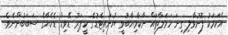
އެކަމަކު ފޮނުވާލި ގިނަ ހަމަލާތައް ނާކާމިޔާބުވީ ޔުނައިޓެޑުގެ ކީޕަރު ޑޭވިޑް ޑެހެޔާގެ ސަބަބުންނެވެ.